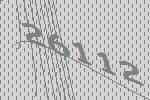
26112